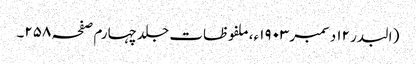
( البدر ۱۲ دسمبر ۱۹۰۳ء، ملفوظات جلد چہارم صفحہ ۲۵۸۔